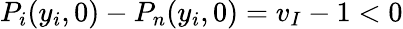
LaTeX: P_{i}(y_{i},0)-P_{n}(y_{i},0)=v_{I}-1<0